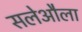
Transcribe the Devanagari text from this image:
सलेऔला